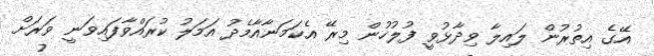
އޭގެ އިތުރުން ލައިލާ ވިދާޅުވީ ފުލުހުން މިރޭ އެކަމަނާއާމެދު އަމަލު ކުރައްވާފައިވަނީ ވަރަށް